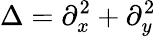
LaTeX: \Delta=\partial_{x}^{2}+\partial_{y}^{2}